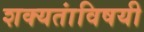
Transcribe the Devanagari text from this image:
शक्यतांविषयी